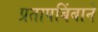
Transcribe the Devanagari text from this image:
प्रतापबिंबाने